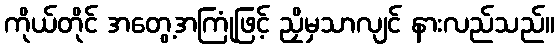
ကိုယ်တိုင် အတွေ့အကြုံဖြင့် ညှိမှသာလျင် နားလည်သည်။